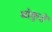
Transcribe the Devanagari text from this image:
बांकुरों